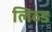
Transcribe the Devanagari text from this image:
लिव्ड